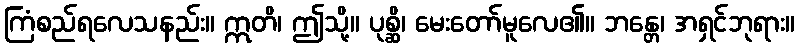
ကြံစည်ရလေသနည်း။ ဣတိ၊ ဤသို့။ ပုစ္ဆိ၊ မေးတော်မူလေ၏။ ဘန္တေ၊ အရှင်ဘုရား။